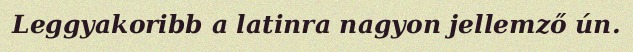
Leggyakoribb a latinra nagyon jellemző ún.